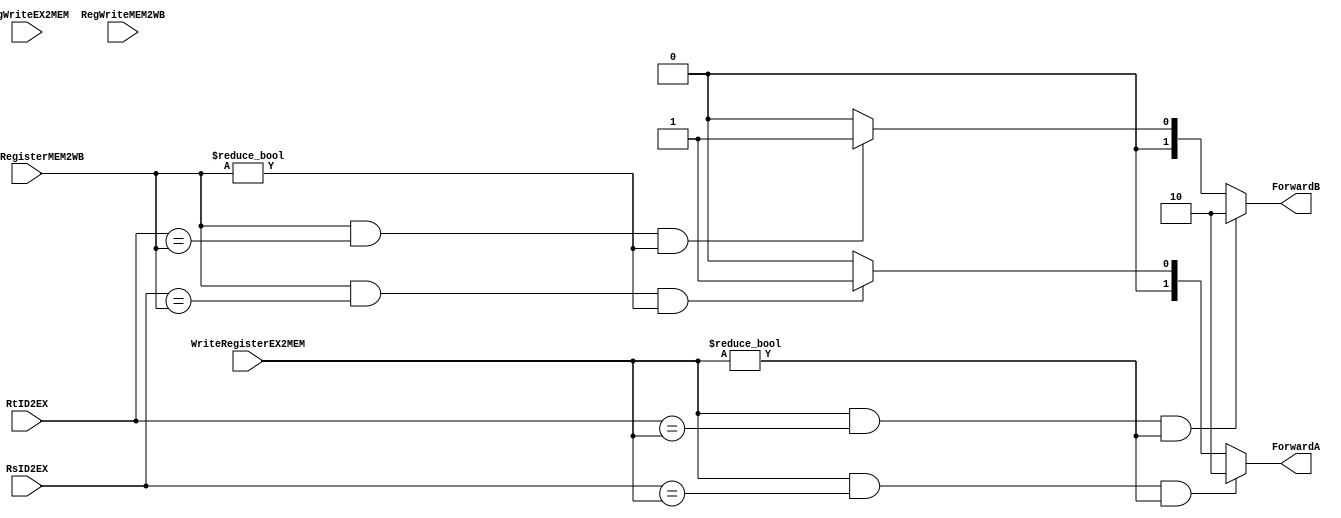
module FU (RsID2EX, RtID2EX, WriteRegisterEX2MEM, WriteRegisterMEM2WB, RegWriteEX2MEM, RegWriteMEM2WB, ForwardA, ForwardB);
    input  RegWriteEX2MEM, RegWriteMEM2WB;
    input [4:0] WriteRegisterEX2MEM, WriteRegisterMEM2WB,RsID2EX, RtID2EX;
    output reg [1:0] ForwardA, ForwardB;
    always @ ( * ) begin
        {ForwardA, ForwardB} = 0;
        if (WriteRegisterEX2MEM && (RsID2EX == WriteRegisterEX2MEM) && WriteRegisterEX2MEM != 0) begin
            ForwardA = 2'd2;
        end
        else if (WriteRegisterMEM2WB && (RsID2EX == WriteRegisterMEM2WB) && WriteRegisterMEM2WB != 0) begin
            ForwardA = 2'd1;
        end
        if (WriteRegisterEX2MEM && (RtID2EX == WriteRegisterEX2MEM) && WriteRegisterEX2MEM != 0) begin
            ForwardB = 2'd2;
        end
        else if (WriteRegisterMEM2WB && (RtID2EX == WriteRegisterMEM2WB) && WriteRegisterMEM2WB != 0) begin
            ForwardB = 2'd1;
        end
    end
endmodule // FU